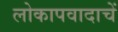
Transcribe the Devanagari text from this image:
लोकापवादाचें